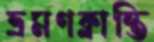
ভ্রমণক্লান্তি